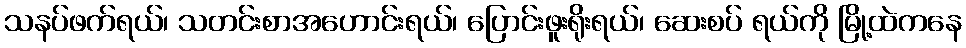
သနပ်ဖက်ရယ်၊ သတင်းစာအဟောင်းရယ်၊ ပြောင်းဖူးရိုးရယ်၊ ဆေးစပ် ရယ်ကို မြို့ထဲကနေ